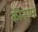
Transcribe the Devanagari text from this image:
कीनाम